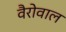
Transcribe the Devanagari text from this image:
वैरोवाल